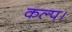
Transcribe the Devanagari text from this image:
कल्प।